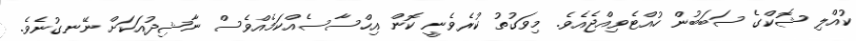
ކުއްލި ޝޮކްގެ ސަބަބުން ހުއްޓެވިއްޖެއެވެ. މިވަގުތު ކުރެވެނީ ކޮން އިހްސާސެއްކަމެއްވެސް ނާޝިދުއަކަށް ނޭނގުނެވެ.